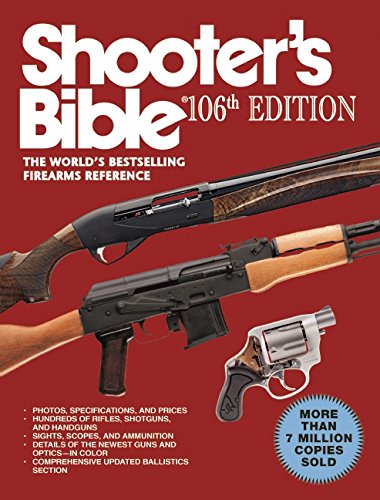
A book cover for Shooter's Bible: The World's Bestselling Firearms Reference; Sports & Outdoors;